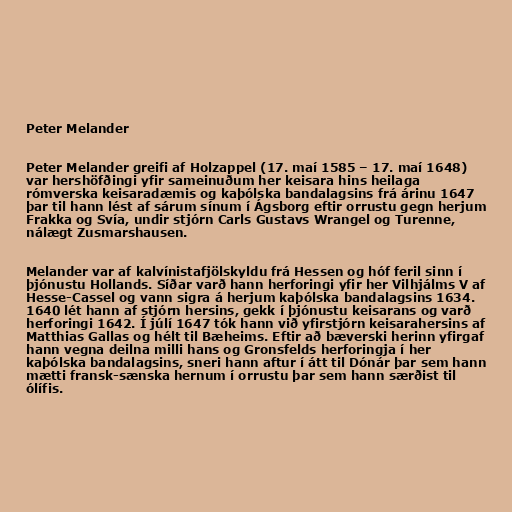
Peter Melander

Peter Melander greifi af Holzappel (17. maí 1585 – 17. maí 1648)
var hershöfðingi yfir sameinuðum her keisara hins heilaga
rómverska keisaradæmis og kaþólska bandalagsins frá árinu 1647
þar til hann lést af sárum sínum í Ágsborg eftir orrustu gegn herjum
Frakka og Svía, undir stjórn Carls Gustavs Wrangel og Turenne,
nálægt Zusmarshausen.

Melander var af kalvínistafjölskyldu frá Hessen og hóf feril sinn í
þjónustu Hollands. Síðar varð hann herforingi yfir her Vilhjálms V af
Hesse-Cassel og vann sigra á herjum kaþólska bandalagsins 1634.
1640 lét hann af stjórn hersins, gekk í þjónustu keisarans og varð
herforingi 1642. Í júlí 1647 tók hann við yfirstjórn keisarahersins af
Matthias Gallas og hélt til Bæheims. Eftir að bæverski herinn yfirgaf
hann vegna deilna milli hans og Gronsfelds herforingja í her
kaþólska bandalagsins, sneri hann aftur í átt til Dónár þar sem hann
mætti fransk-sænska hernum í orrustu þar sem hann særðist til
ólífis.